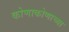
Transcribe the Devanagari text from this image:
कोणाकोणाच्या